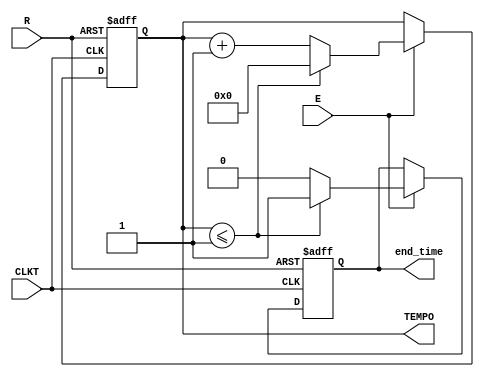
module Counter_time(
 CLKT, R, E, 
 TEMPO,
 end_time
);

parameter SIZE = 4;
input wire CLKT, R, E;

output reg [SIZE - 1:0] TEMPO;
output reg end_time;

always @(posedge CLKT or posedge R) begin
	if (R == 1'b1) begin TEMPO <= 4'b0000; end_time <= 1'b0; end
	else begin 
	if (E == 1'b1)	begin
	  	TEMPO <= TEMPO + 1'b1;
		 end_time <= 1'b0;
	  
		if (TEMPO <= 1'b1001) begin
			TEMPO <= 4'b0000;
			end_time <= 1'b1;
		end
	
		end
	end
end

endmodule